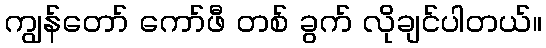
ကျွန်တော် ကော်ဖီ တစ် ခွက် လိုချင်ပါတယ်။